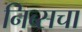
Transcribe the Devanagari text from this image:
निब्सचा